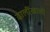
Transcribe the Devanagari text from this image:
ढालींखाली